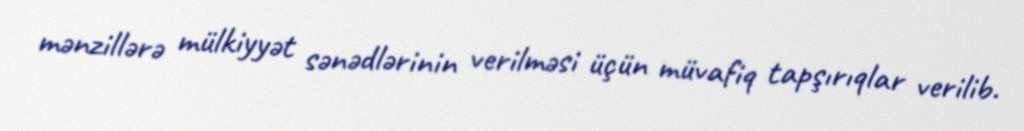
mənzillərə mülkiyyət sənədlərinin verilməsi üçün müvafiq tapşırıqlar verilib.